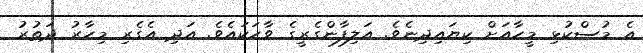
އެ މުސްކުޅި މީހާއަށް ކިޔައިދިނެވެ. އަލިފާންގެރީގެ ވާހަކައެވެ. އަދި އެގެރި މިހާރު ދަތުރު